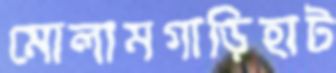
মোলামগাড়িহাট